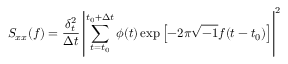
S _ { x x } ( f ) = \frac { \delta _ { t } ^ { 2 } } { \Delta t } \left| \sum _ { t = t _ { 0 } } ^ { t _ { 0 } + \Delta t } \phi ( t ) \exp { \left[ - 2 \pi \sqrt { - 1 } f ( t - t _ { 0 } ) \right] } \right| ^ { 2 }